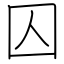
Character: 囚